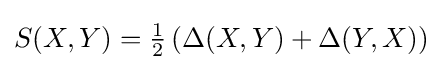
S(X,Y)={\tfrac {1}{2}}\left(\Delta (X,Y)+\Delta (Y,X)\right)